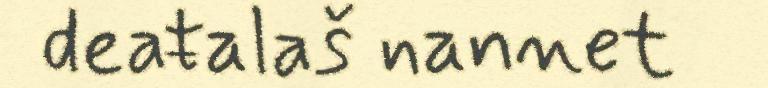
deaŧalaš nannet